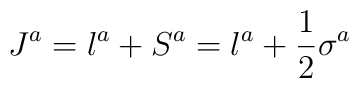
J^a = l^a + S^a = l^a + {1 \over 2} \sigma ^a